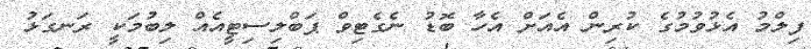
ފިލްމު އެޅުވުމުގެ ކުރިން އެއަށް އެހާ ބޮޑު ނެގެޓިވް ޕަބްލިސިޓީއެއް ލިބުމަކީ ރަނގަޅު